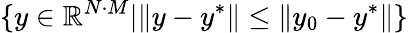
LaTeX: \{ y\in\mathbb{R}^{N\cdot M}|\| y-y^{*}\| \leq\| y_{0}-y^{*}\| \}